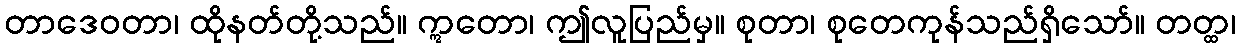
တာဒေဝတာ၊ ထိုနတ်တို့သည်။ ဣတော၊ ဤလူပြည်မှ။ စုတာ၊ စုတေကုန်သည်ရှိသော်။ တတ္ထ၊